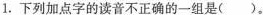
1.下列加点字的读音不正确的一组是()。